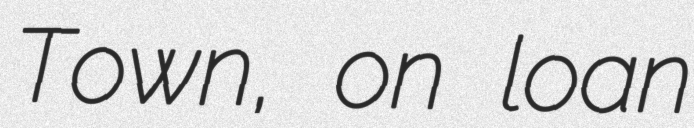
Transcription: Town, on loan